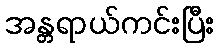
အန္တရာယ်ကင်းပြီး